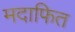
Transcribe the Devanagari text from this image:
मदाफित